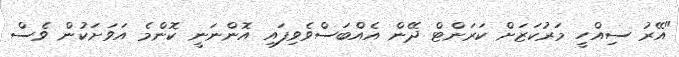
"އޭރު ސިއްހީ މަރުކަޒަށް ކަރަންޓް ދޭން އެއްބަސްވެވިފައި އޮންނަނީ ކޮންމެ އަވަށަކުން ވެސް